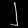
Digit: ၂